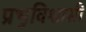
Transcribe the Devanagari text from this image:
प्रभुविश्वासी